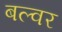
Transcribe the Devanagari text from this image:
बल्वर